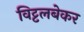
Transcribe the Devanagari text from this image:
विट्टलबेकर